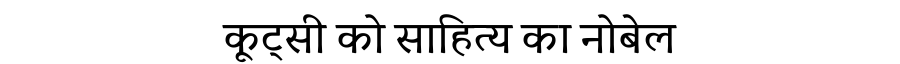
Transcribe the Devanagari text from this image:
कूट्सी को साहित्य का नोबेल